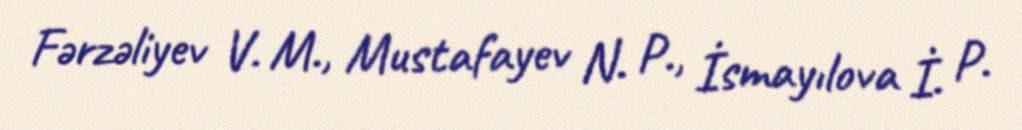
Fərzəliyev V. M., Mustafayev N. P., İsmayılova İ. P.